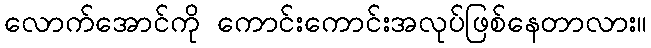
လောက်အောင်ကို ကောင်းကောင်းအလုပ်ဖြစ်နေတာလား။